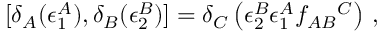
[ \delta _ { A } ( \epsilon _ { 1 } ^ { A } ) , \delta _ { B } ( \epsilon _ { 2 } ^ { B } ) ] = \delta _ { C } \left( \epsilon _ { 2 } ^ { B } \epsilon _ { 1 } ^ { A } f _ { A B } { } ^ { C } \right) \, ,